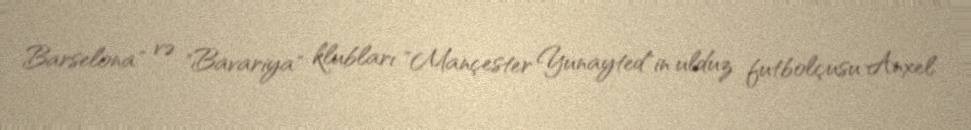
Barselona" və "Bavariya" klubları "Mançester Yunayted"in ulduz futbolçusu Anxel